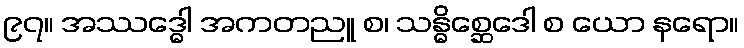
၉၇။ အဿဒ္ဓေါ အကတညူ စ၊ သန္ဓိစ္ဆေဒေါ စ ယော နရော။